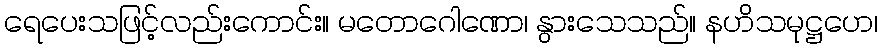
ရေပေးသဖြင့်လည်းကောင်း။ မတောဂေါဏော၊ နွားသေသည်။ နဟိသမုဋ္ဌဟေ၊